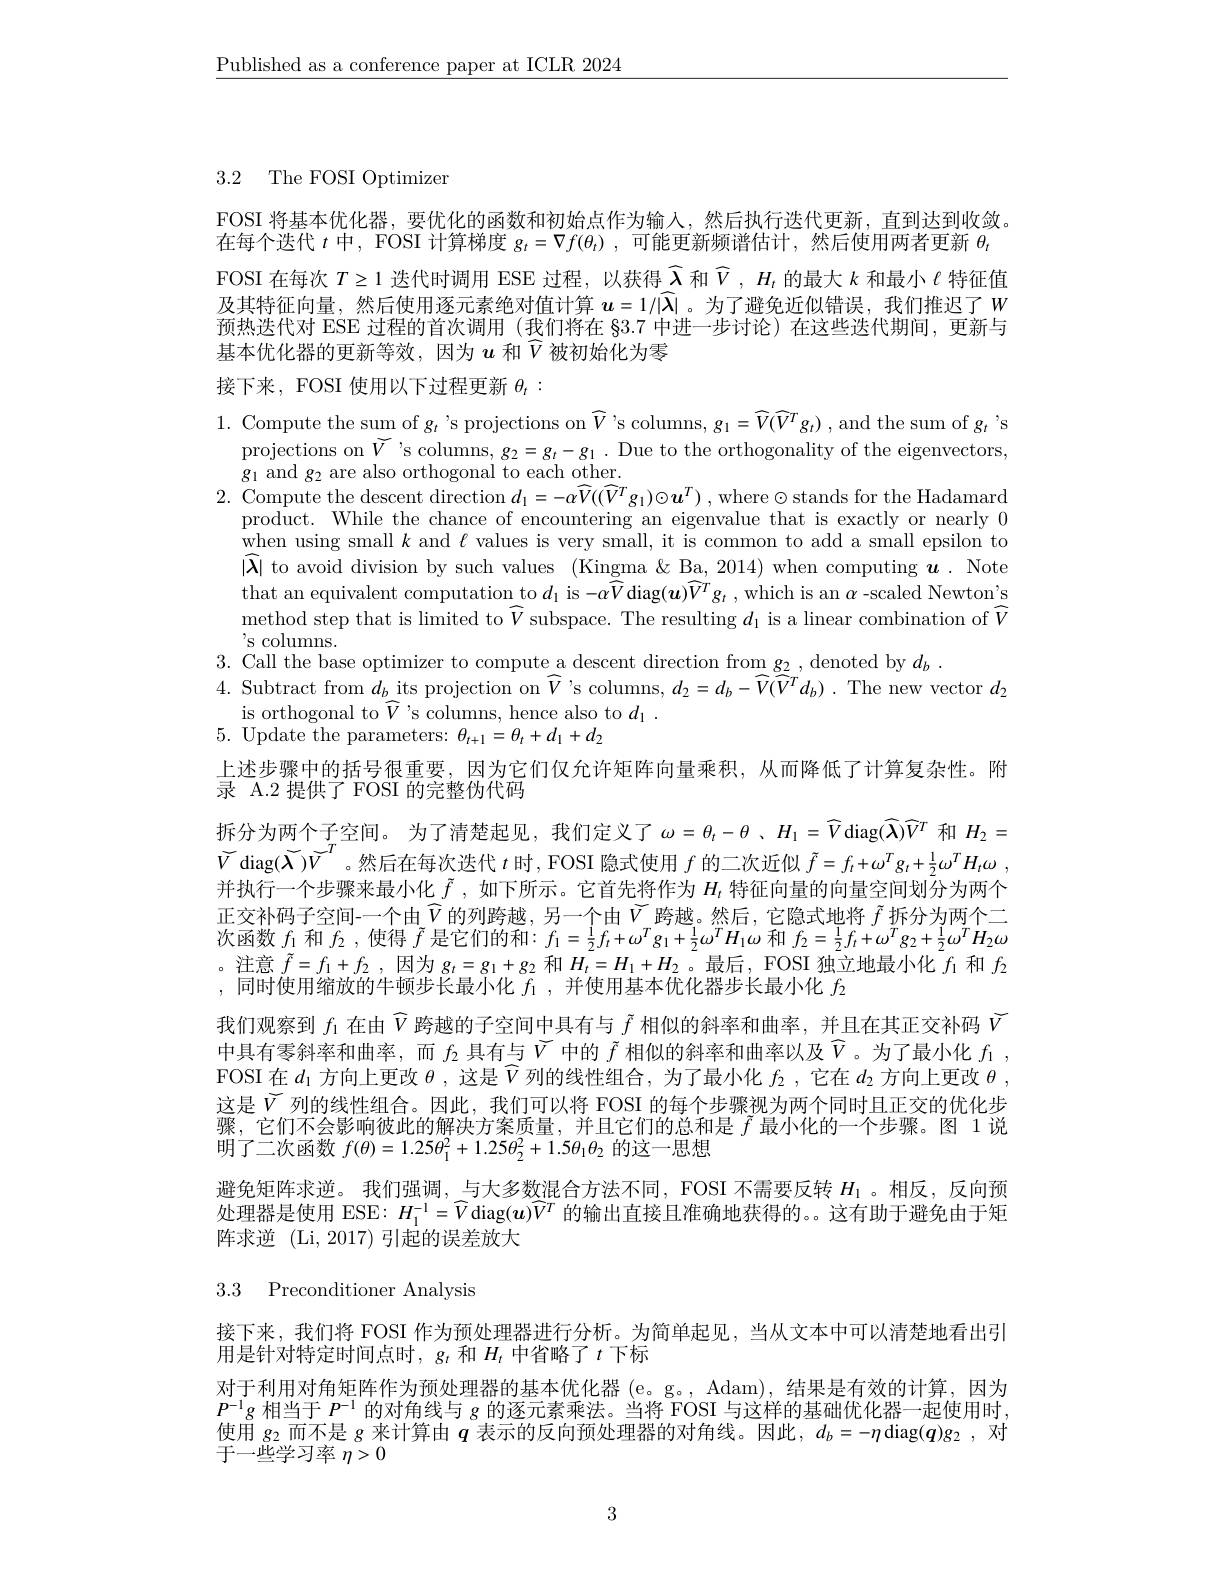
$\underline{\text{Published as a conference paper at ICLR 2024}}$

3.2 The FOSI Optimizer

FOSI 将基本优化器，要优化的函数和初始点作为输人，然后执行迭代更新，直到达到收敛。在每个迭代$\iota$中，FOSI 计算梯度$g_t=\nabla f(\theta_t)$,可能更新频谱估计，然后使用两者更新$\theta_t$ FOSI 在每次$T\geq1$迭代时调用 ESE 过程，以获得$\widehat{\lambda}$和$\widehat{V},H_t$的最大$k$和最小$\ell$特征值及其特征向量，然后使用逐元素绝对值计算 $u=1/|\widehat{\lambda}|$ 。为了避免近似错误，我们推迟了$w$ 预热迭代对 ESE 过程的首次调用 (我们将在 §3.7 中进一步讨论)在这些迭代期间，更新与基本优化器的更新等效，因为$u$ 和$\widehat{V}$被初始化为零

接下来，FOSI 使用以下过程更新$\theta_t:$

1. Compute the sum of $g_{t}$ 's projections on $\widehat V$'s columns, $g_{1}=\widehat V(\widehat V^{T}g_{t})$ , and the sum of $g_{t}$ 's
projections on $\widetilde{V}$ 's columns, $g_2=g_t-g_1.$ Due to the orthogonality of the eigenvectors,
$g_{1}$ and $g_2$ are also orthogonal to each other.
2. Compute the descent direction $d_1=-\alpha\widehat{V}((\widehat{V}^{T}g_{1})\odot\boldsymbol{u}^{T})$, where$\odot$ stands for the Hadamard
product. While the chance of encountering an eigenvalue that is exactly or nearly 0 when using small $k$ and $\ell$ values is very small, it is common to add a small epsilon to $|\widehat{\boldsymbol{\lambda}}|$ to avoid division by such values (Kingma &Ba, 2014) when computing $\boldsymbol{u}.$ Note that an equivalent computation to $d_1$ is -$\alpha\widehat{V}$ diag$(\boldsymbol u)\widehat{V}^Tg_t$ , which is an $\alpha$-scaled Newton's ${\hat{\text{method step that is limited to}}\widehat{V}}$subspace. The resulting $d_1$ is a linear combination of $\widehat{V}$ s columns.
3. Call the base optimizer to compute a descent direction from $\underline g_2$,denoted by $d_b.$
4. Subtract from $d_b$ its projection on $\widehat{V}$'s columns, $d_2=d_b-\widehat{V}(\widehat{V}^{T}d_{b}).$ The new vector $d_2$
is orthogonal to $\widehat V$ 's columns, hence also to $d_{1}.$
5. Update the parameters: $\theta_t+1=\theta_t+d_1+d_2$

上述步骤中的括号很重要，因为它们仅允许矩阵向量乘积，从而降低了计算复杂性。附
录 A.2 提供了 FOSI 的完整伪代码
拆分为两个子空间。为了清楚起见，我们定义了$\omega=\theta_t-\theta$ 、$H_1=\widehat{V}$ diag$(\widehat{\mathbf{\lambda}})\widehat{V}^T$和$H_{2}=$ $\widetilde{V}$ diag$(\widetilde{\boldsymbol{\lambda}})\widetilde{V}^T$。然后在每次迭代$t$时，FOSI 隐式使用$f$的二次近似$\tilde{f} = f_t+ \omega ^Tg_t+ \frac 12\omega ^TH_t\omega$ , 并执行一个步骤来最小化$\tilde{f}$ ,如下所示。它首先将作为$H_t$特征向量的向量空间划分为两个正交补码子空间-一个由$\widehat{V}$的列跨越，另一个由$\widetilde{V}_T$跨越。然后，它隐式地将 $\tilde{f}_T$拆分为两个二次函数$f_{1}$和$f_{2}$ ,使得$\tilde{f}$是它们的和$:f_1=\frac12f_{t}+\omega^{T}g_{1}+\frac12\omega^{T}H_{1}\omega$和$f_2=\frac12f_{t}+\omega^{T}g_{2}+\frac12\omega^{T}H_{2}\omega$ 。注意$\tilde{f} = f_1+ f_2$ ,因为$g_t=g_1+g_2$和$H_t=H_1+H_2$ 。最后，FOSI 独立地最小化$f_1$和$f_2$ ,同时使用缩放的牛顿步长最小化$f_1$,并使用基本优化器步长最小化$f_2$
我们观察到$f_{1}$在由$\widehat{V}$跨越的子空间中具有与$\tilde{f}$相似的斜率和曲率，并且在其正交补码$\widetilde{V}$ 中具有零斜率和曲率，而$f_2$具有与$\widetilde{V}$中的$\tilde{f}$相似的斜率和曲率以及$\widehat{V}$。为了最小化$f_1$, FOSI 在$d_1$方向上更改$\theta$,这是$\widehat{V}$列的线性组合，为了最小化$f_2$,它在$d_2$方向上更改$\theta$, 这是$\widetilde{V}$ 列的线性组合。因此，我们可以将 FOSI 的每个步骤视为两个同时且正交的优化步骤，它们不会影响彼此的解决方案质量，并且它们的总和是$\tilde{f}$最小化的一个步骤。图 1说明了二次函数$f(\theta)=1.25\theta_{1}^{2}+1.25\theta_{2}^{2}+1.5\theta_{1}\theta_{2}$的这一思想
避免矩阵求逆。我们强调，与大多数混合方法不同，FOSI 不需要反转$H_\mathrm{l}$ 。相反，反向预处理器是使用 ESE: $H_1^{-1}=\widehat{V}$diag$(\boldsymbol u)\widehat{V}^T$的输出直接且准确地获得的。这有助于避免由于矩阵求逆 (Li,2017)引起的误差放大

3.3 Preconditioner Analysis

接下来，我们将 FOSI 作为预处理器进行分析。为简单起见，当从文本中可以清楚地看出引
用是针对特定时间点时，$g_t$和$H_t$中省略了$t$下标
对于利用对角矩阵作为预处理器的基本优化器 (e。g。,Adam),结果是有效的计算，因为$P^{-1}g$相当于$P^-1$的对角线与$g$的逐元素乘法。当将 FOSI 与这样的基础优化器一起使用时， 使用$g_2$而不是$g$来计算由$q$表示的反向预处理器的对角线。因此，$d_b=-\eta$ diag$(\boldsymbol{q})g_2$ ,对于一些学习率$\eta>0$

3